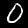
Label: 0